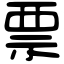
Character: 票